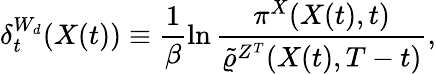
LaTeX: \delta_{t}^{W_{d}}(X(t))\equiv\frac{1}{\beta}\ln\frac{\pi^{X}(X(t),t)}{\tilde{\varrho}^{Z^{T}}(X(t),T-t)},